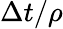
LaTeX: \Delta t/\rho